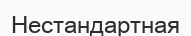
Нестандартная